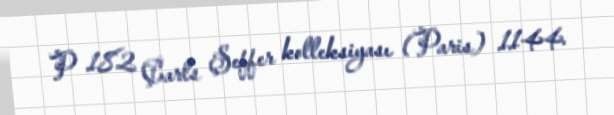
P 182 Çarls Şeffer kolleksiyası (Paris) 1144.